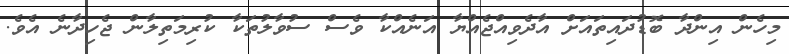
މިހެން އިންދާ ބޮޑުދައިތައަށް އާދެވިއްޖެއްޔާ އަނެއްކާ ވެސް ސުވާލުތަކާ ކުރިމަތިލާން ޖެހިދާނެ އެވެ.